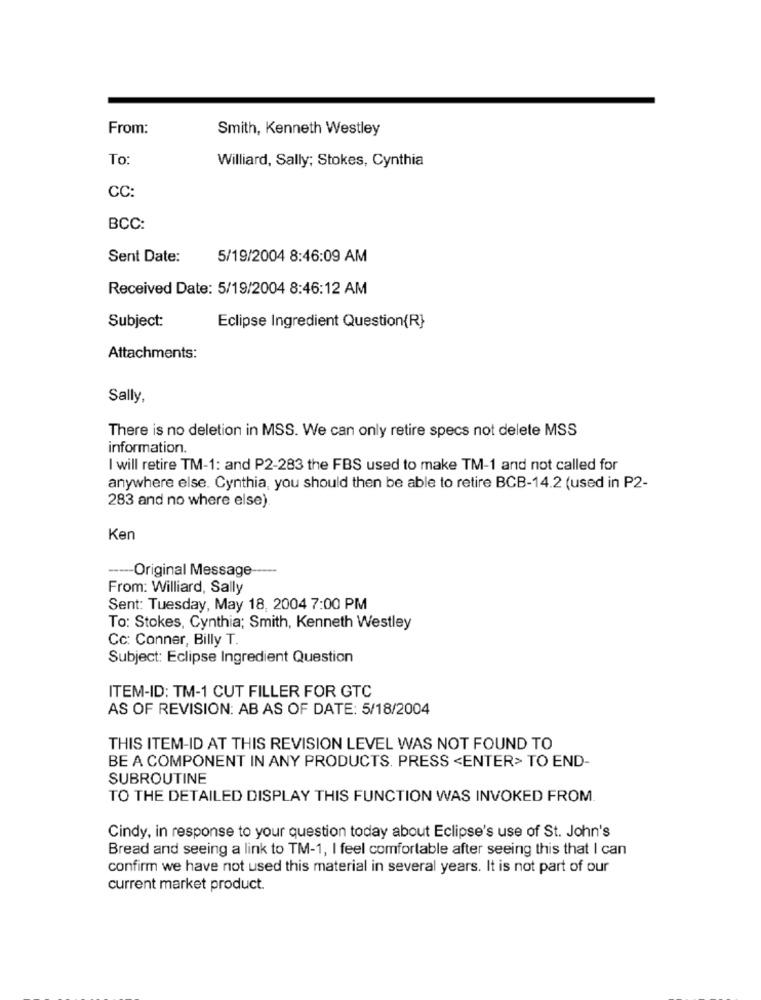
From:
Smith, Kenneth Westley
To
Williard, Sally; Stokes, Cynthia
CC:
BCC:
Sent Date:
5/19/2004 8:46:09 AM
Received Date: 5/19/2004 8:46:12 AM
Subject:
Eclipse Ingredient Question{R}
Attachments:
Sally,
There is no deletion in MSS. We can only retire specs not delete MSS
information.
I will retire TM-1: and P2-283 the FBS used to make TM-1 and not called for
anywhere else. Cynthia, you should then be able to retire BCB-14.2 (used in P2-
283 and no where else).
Ken
----- Original Message
From: Williard, Sally
Sent: Tuesday, May 18, 2004 7:00 PM
To: Stokes, Cynthia; Smith, Kenneth Westley
Cc: Conner, Billy T.
Subject: Eclipse Ingredient Question
ITEM-ID: TM-1 CUT FILLER FOR GTC
AS OF REVISION: AB AS OF DATE: 5/18/2004
THIS ITEM-ID AT THIS REVISION LEVEL WAS NOT FOUND TO
BE A COMPONENT IN ANY PRODUCTS. PRESS <ENTER> TO END-
SUBROUTINE
TO THE DETAILED DISPLAY THIS FUNCTION WAS INVOKED FROM.
Cindy, in response to your question today about Eclipse's use of St. John's
Bread and seeing a link to TM-1, I feel comfortable after seeing this that I can
confirm we have not used this material in several years. It is not part of our
current market product.